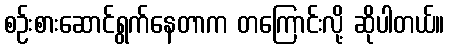
စဉ်းစားဆောင်ရွက်နေတာက တကြောင်းလို့ ဆိုပါတယ်။